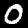
Digit: 0